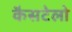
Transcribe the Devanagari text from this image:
कैसटेलो